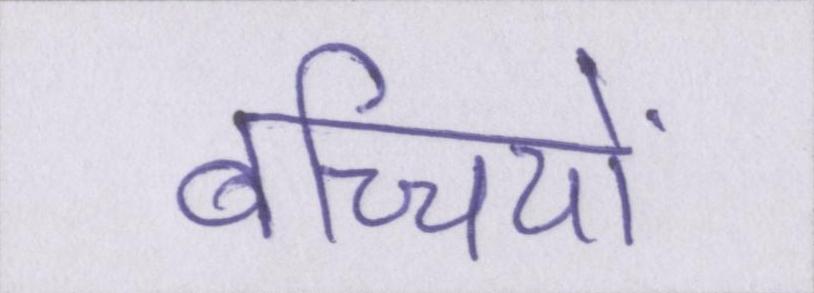
बच्चियों